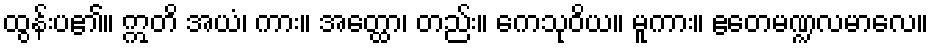
ထွန်းပ၏။ ဣတိ အယံ၊ ကား။ အတ္ထော၊ တည်း။ ကေသုဝိယ။ မူကား။ ဧတေမဏ္ဍလမာလေ။